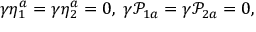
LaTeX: \gamma \eta _ { 1 } ^ { a } = \gamma \eta _ { 2 } ^ { a } = 0 , \; \gamma \mathcal { P } _ { 1 a } = \gamma \mathcal { P } _ { 2 a } = 0 ,